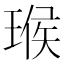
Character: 𤧝